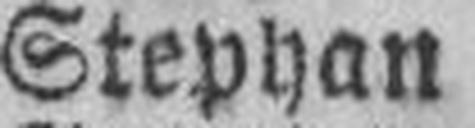
Stephan